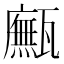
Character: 𤮢